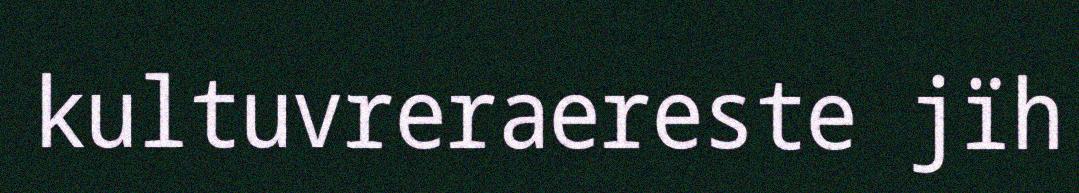
kultuvreraereste jïh